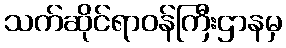
သက်ဆိုင်ရာဝန်ကြီးဌာနမှ